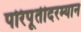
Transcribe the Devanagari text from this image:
परिपूर्तीदरम्यान